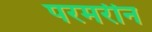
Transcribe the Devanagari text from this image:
परमरीन